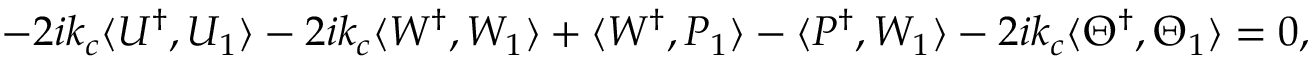
- 2 i k _ { c } \langle U ^ { \dagger } , U _ { 1 } \rangle - 2 i k _ { c } \langle W ^ { \dagger } , W _ { 1 } \rangle + \langle W ^ { \dagger } , P _ { 1 } \rangle - \langle P ^ { \dagger } , W _ { 1 } \rangle - 2 i k _ { c } \langle \Theta ^ { \dagger } , \Theta _ { 1 } \rangle = 0 ,